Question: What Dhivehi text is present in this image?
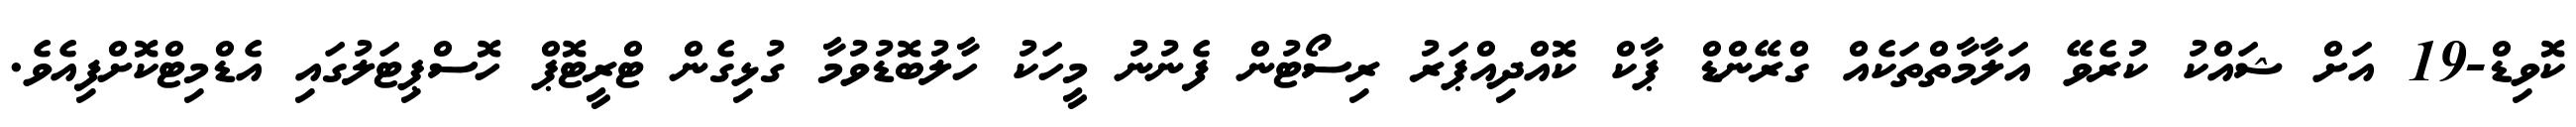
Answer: ކޮވިޑް-19 އަށް ޝައްކު ކުރެވޭ އަލާމާތްތަކެއް ގްރޭންޑް ޕާކް ކޮއްދިއްޕަރު ރިސޯޓުން ފެނުނު މީހަކު ހާލުބޮޑުވުމާ ގުޅިގެން ޓްރީޓޮޕް ހޮސްޕިޓަލުގައި އެޑްމިޓްކޮށްފިއެވެ.